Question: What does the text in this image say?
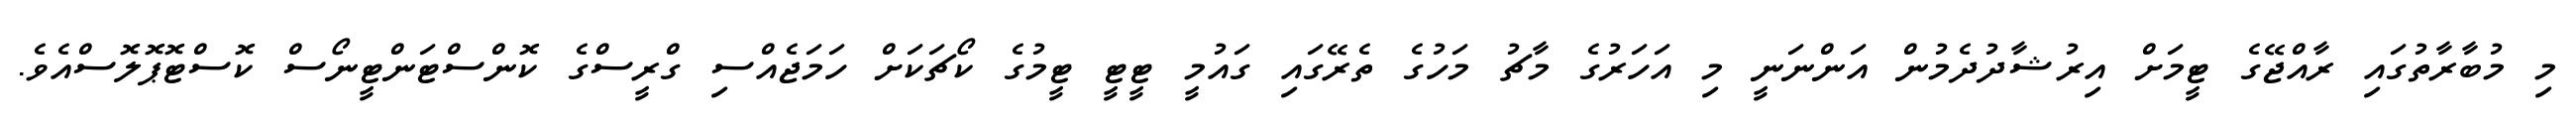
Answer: މި މުބާރާތުގައި ރާއްޖޭގެ ޓީމަށް އިރުޝާދުދެމުން އަންނަނީ މި އަހަރުގެ މާޗު މަހުގެ ތެރޭގައި ގައުމީ ޓީޓީ ޓީމުގެ ކޯޗަކަށް ހަމަޖެއްސި ގްރީސްގެ ކޮންސްޓަންޓީނޯސް ކޮސްޓޮޕޮލޮސްއެވެ.